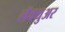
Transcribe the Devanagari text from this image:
लॅक्युअर